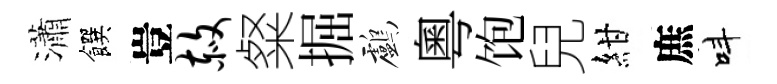
瀟饌豈赦粲掘鸕粵饱兒紺庶呌